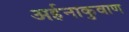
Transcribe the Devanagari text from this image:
अर्हनाकुवाण